Leaving Certificate Examination, 1918
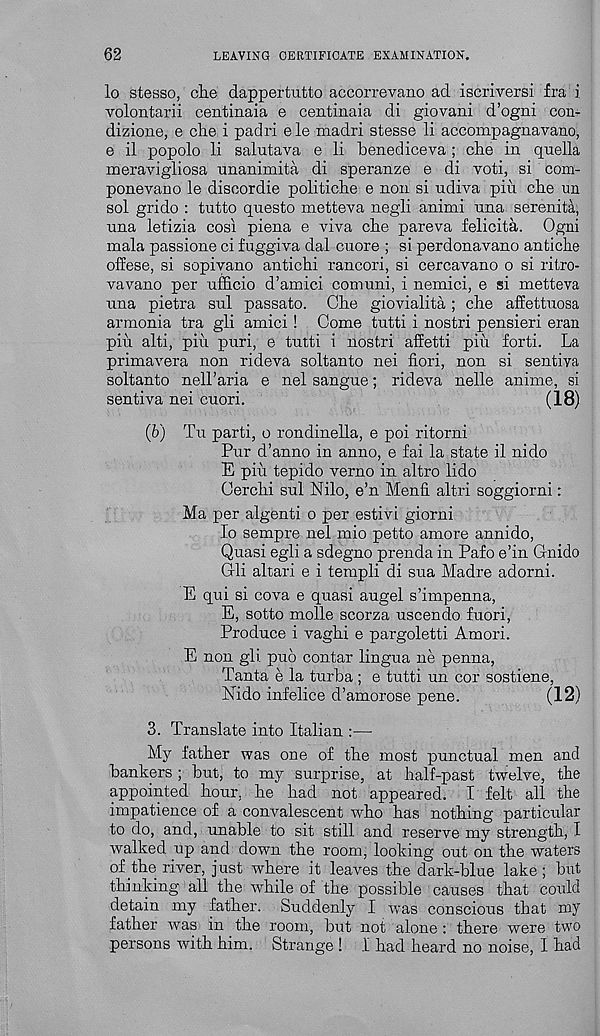
62
LEAVING CERTIFICATE EXAMINATION.
lo stesso, che dappertutto accorrevano ad iscriversi fra i
Yolontarii centinaia e centinaia di giovani d’ogni con-
dizione, e che i padri ele madri stesse li accompagiiavano,
e il popolo li salutava e li benediceva ; che in quella
meravigliosa unanimita di speranze e di voti, si com-
ponevano le discordie politiche e non si udiva pin che un
sol grido : tutto questo metteva negli animi nna serenita,
nna letizia cosl plena e viva che pareva felicita. Ogni
mala passione ci fuggiva dal cuore ; si perdonavano antiche
offese, si sopiyano antichi rancori, si cercavano o si ritro-
vavano per ufficio d’amici comuni, i nemici, e si metteva
una pietra snl passato. Che giovialita ; che affettuosa
armonia tra gli amici ! Come tutti i nostri pensieri eran
pin alti, piu puri, e tutti i nostri affetti piit forti. La
primavera non rideva soltanto nei fiori, non si sentiva
soltanto neH’aria e nel sangue; rideva nelle anime, si
sentiva nei cuori.
(18)
(6) Tu parti, o rondinella, e poi ritorni
Pur d’anno in anno, e fai la state il nido
E piu tepido verno in altro lido
Cerchi sul Nilo, e’n Menfi. altri soggiorni:
Ma per algenti o per estivi giorni
lo sempre nel mio petto amore annido,
Quasi egli a sdegno prenda in Pafo e’in Gnido
Gli altari e i templi di sua Madre adorni.
E qui si cova e quasi augel s’impenna,
E, sotto molle scorza uscendo fuori,
Produce i vaghi e pargoletti Amori.
E non gli pud contar lingua ne penna,
Tanta e la turba ; e tutti un cor sostiene,
ISTido infelice d’amorose pene.
(12)
3. Translate into Italian :—
My father was one of the most punctual men and
bankers ; but, to my surprise, at half-past twelve, the
appointed hour, he had not appeared. I felt all the
impatience of a convalescent who has nothing particular
to do, and, unable to sit still and reserve my strength, I
tvalked up and down the room, looking out on the waters
of the river, just where it leaves the dark-blue lake; but
thinking all the while of the possible causes that could
detain my father. Suddenly I was conscious that my
father was in the room, but not alone : there were two
persons with him. Strange ! I had heard no noise, I had